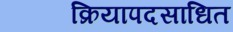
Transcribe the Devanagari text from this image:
क्रियापदसाधित